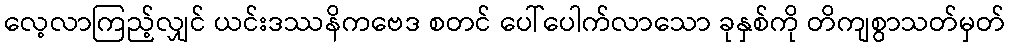
လေ့လာကြည့်လျှင် ယင်းဒဿနိကဗေဒ စတင် ပေါ်ပေါက်လာသော ခုနှစ်ကို တိကျစွာသတ်မှတ်